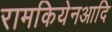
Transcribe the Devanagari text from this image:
रामकियेनआदि